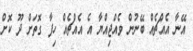
އޭނާ އެއްޗެއް ބޭނުން ވެއްޖިއްޔާ އެ އެއްޗެއް ހިފާ ގޮތަށް ދޫ ކޮށް